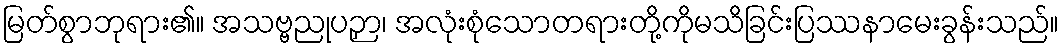
မြတ်စွာဘုရား၏။ အသဗ္ဗညုပဉှာ၊ အလုံးစုံသောတရားတို့ကိုမသိခြင်းပြဿနာမေးခွန်းသည်။